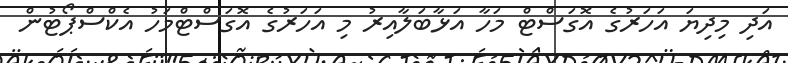
އަދި މިދިޔަ އަހަރުގެ އޮގަސްޓް މަހާ އަޅާބަލާއިރު މި އަހަރުގެ އޮގަސްޓްމަހު އެކްސްޕޯޓުން